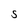
Character: 5